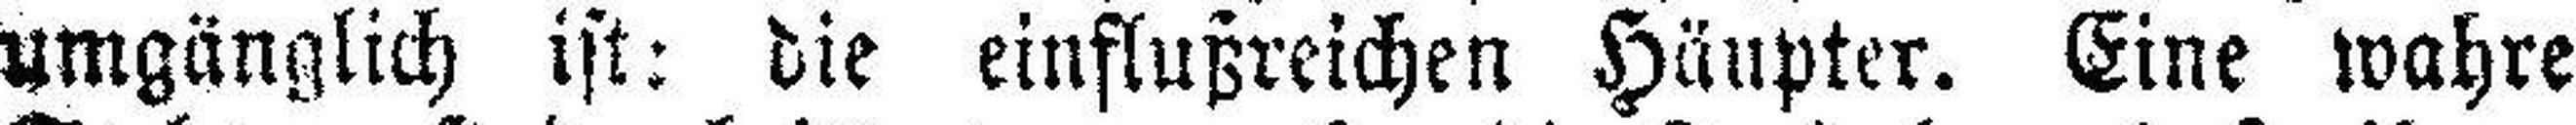
umgänglich ist: die einflußreichen Häupter. Eine wahre